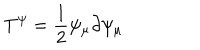
LaTeX: T ^ { \psi } = \frac { 1 } { 2 } \psi _ { \mu } \partial \psi _ { \mu }